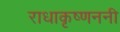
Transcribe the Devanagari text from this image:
राधाकृष्णननी